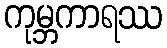
ကုမ္ဘကာရဿ